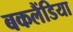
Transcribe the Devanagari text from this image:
बकलैंडिया